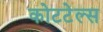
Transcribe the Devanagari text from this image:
कोटटेल्स